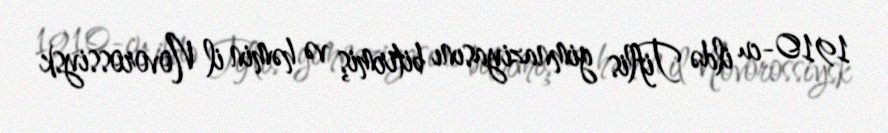
1910-cu ildə Tiflis gimnaziyasını bitirmiş və həmin il Novorossiysk